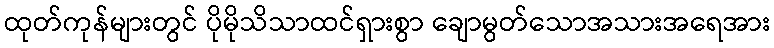
ထုတ်ကုန်များတွင် ပိုမိုသိသာထင်ရှားစွာ ချောမွတ်သောအသားအရေအား